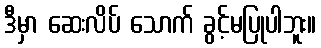
ဒီမှာ ဆေးလိပ် သောက် ခွင့်မပြုပါဘူး။